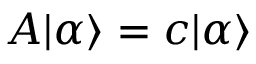
A | \alpha \rangle = c | \alpha \rangle